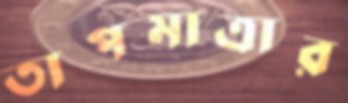
তাপমাত্রার